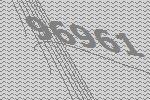
96961